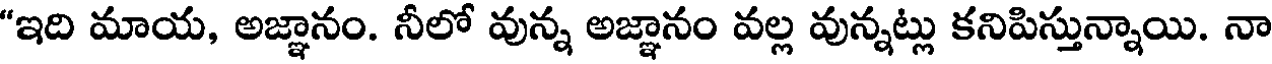
"ఇది మాయ, అజ్ఞానం. నీలో వున్న అజ్ఞానం వల్ల వున్నట్లు కనిపిస్తున్నాయి. నా